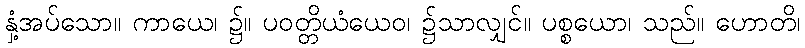
နှံ့အပ်သော။ ကာယေ၊ ၌။ ပဝတ္တိယံယေဝ၊ ၌သာလျှင်။ ပစ္စယော၊ သည်။ ဟောတိ၊